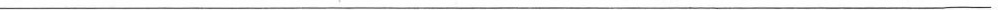
___